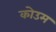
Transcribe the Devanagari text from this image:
कोउम